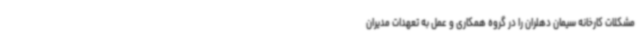
مشکلات کارخانه سیمان دهلران را در گروه همکاری و عمل به تعهدات مدیران